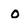
Character: o